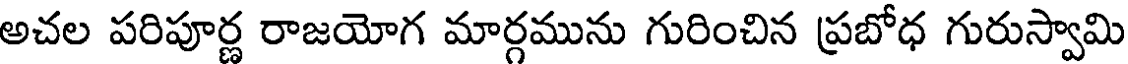
అచల పరిపూర్ణ రాజయోగ మార్గమును గురించిన ప్రబోధ గురుస్వామి